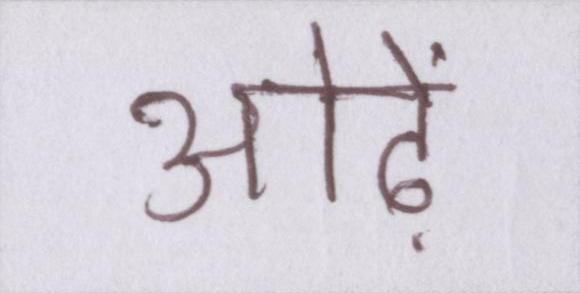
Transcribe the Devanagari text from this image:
ओढ़ें